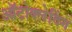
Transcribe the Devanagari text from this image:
ऑटोक्लेविंग